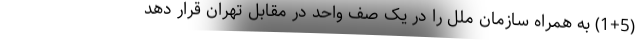
(1+5) به همراه سازمان ملل را در یک صف واحد در مقابل تهران قرار دهد